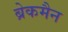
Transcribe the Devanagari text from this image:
ब्रेकमैन